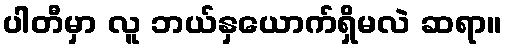
ပါတီမှာ လူ ဘယ်နှယောက်ရှိမလဲ ဆရာ။